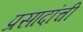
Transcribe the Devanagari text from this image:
प्रसादांची